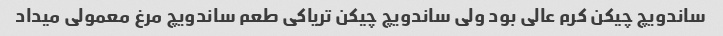
ساندویچ چیکن کرم عالی بود ولی ساندویچ چیکن تریاکی طعم ساندویچ مرغ معمولی میداد